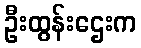
ဦးထွန်းဌေးက